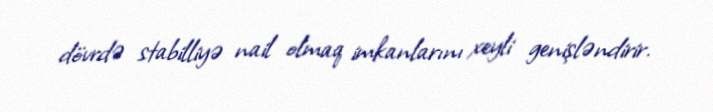
dövrdə stabilliyə nail olmaq imkanlarını xeyli genişləndirir.